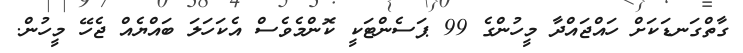
ގާތްގަނޑަކަށް ހައްޖައްދާ މީހުންގެ 99 ޕަސެންޓަކީ ކޮންމެވެސް އެކަހަލަ ބައްޔެއް ޖެހޭ މީހުން.